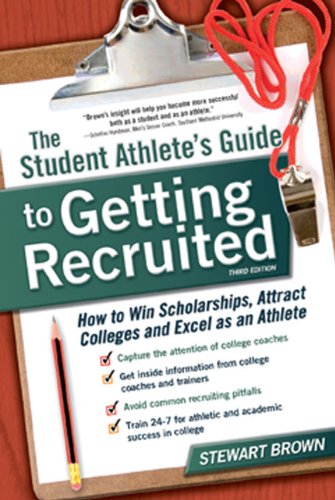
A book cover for The Student Athlete's Guide to Getting Recruited: How to Win Scholarships, Attract Colleges and Excel as an Athlete; Stewart Brown; Education & Teaching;